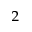
_ 2